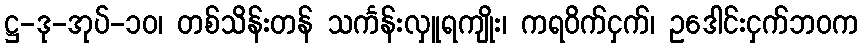
ဋ္ဌ-ဒု-အုပ်-၁၀၊ တစ်သိန်းတန် သင်္ကန်းလှူရကျိုး၊ ကရဝိက်ငှက်၊ ဥဒေါင်းငှက်ဘဝက